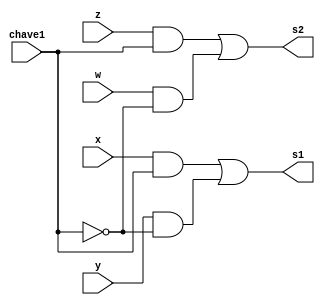
// ------------------------- 
// Exemplo0033 - F4 
// Nome: Gabriel Luiz M. G. Vieira 
// ------------------------- 
// ------------------------- 
// f4_gate 
// ------------------------- 
module mux (output  s1, output s2,
input  x, 
input  y,
input  z,
input  w,
input chave1);
wire t1,t2,t3,t4,n1,n2;

and AND1(t1,x,chave1);
not NOT1(n1,chave1);
and AND2(t2,y,n1);
and AND3(t3,z,chave1);
not NOT2(n2,chave1);
and AND4(t4,w,n2);
or OR1(s1,t1,t2);
or OR2(s2,t3,t4);

endmodule//mux

module f4 (output  s3, output s4,
input  a, 
input  b,
input  chave2);
wire c,d,e,f;
nor NOR1(c,a,b);
or OR1(d,a,b);
nand NAN1(e,a,b);
and AND1(f,a,b);
mux MUX1(s3,s4,c,d,e,f,chave2);

 endmodule // f4
module test_mux_f4; 
// ------------------------- definir dados 
reg x,y,z;  
wire g,h;
f4 modulo1 (g,h,x,y,z);
// ------------------------- parte principal 
initial begin 
$display("Exemplo0033 - Gabriel Luiz M. G. Vieira - 441691"); 
$display("Test LU's module"); 
x = 'b0; y = 'b0; z = 'b0;
// projetar testes do modulo 
#1 $monitor("%3b %3b -Chave- %3b - s3 = %3b  s4 = %3b",x,y,z,g,h);
#1 x = 'b0; y = 'b0;z ='b1;
#1 x = 'b0; y = 'b1;z ='b0;
#1 x = 'b0; y = 'b1;z ='b1;
#1 x = 'b1; y = 'b0;z ='b0;
#1 x = 'b1; y = 'b0;z ='b1;
#1 x = 'b1; y = 'b1;z ='b0;
#1 x = 'b1; y = 'b1;z ='b1;
end 
endmodule // test_f4